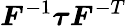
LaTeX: {\boldsymbol{F}}^{-1}{\boldsymbol{\tau}}{\boldsymbol{F}}^{-T}